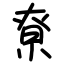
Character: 尞